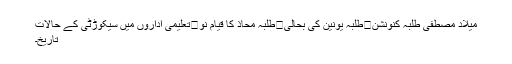
میلاد مصطفیۖ طلبہ کنونشن	طلبہ یونین کی بحالی	طلبہ محاذ کا قیام نو	تعلیمی اداروں میں سیکوڑٹی کے حالات
تاریخ۔